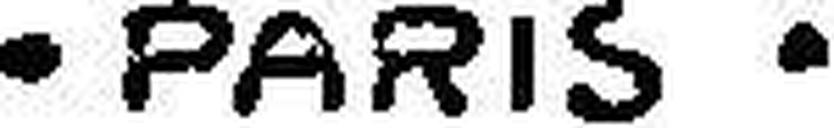
· PARIS ·